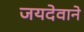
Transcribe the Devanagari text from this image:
जयदेवाने